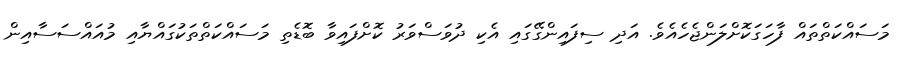
މަސައްކަތްތައް ފާހަގަކޮށްލަންޖެހެއެވެ. އަދި ސިފައިންގޭގައި އެކި ދުވަސްވަރު ކޮށްފައިވާ ބޮޑެތި މަސައްކަތްތަކުގައްޔާއި މުއައްސަސާއިން